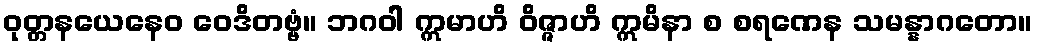
ဝုတ္တနယေနေဝ ဝေဒိတဗ္ဗံ။ ဘဂဝါ ဣမာဟိ ဝိဇ္ဇာဟိ ဣမိနာ စ စရဏေန သမန္နာဂတော။